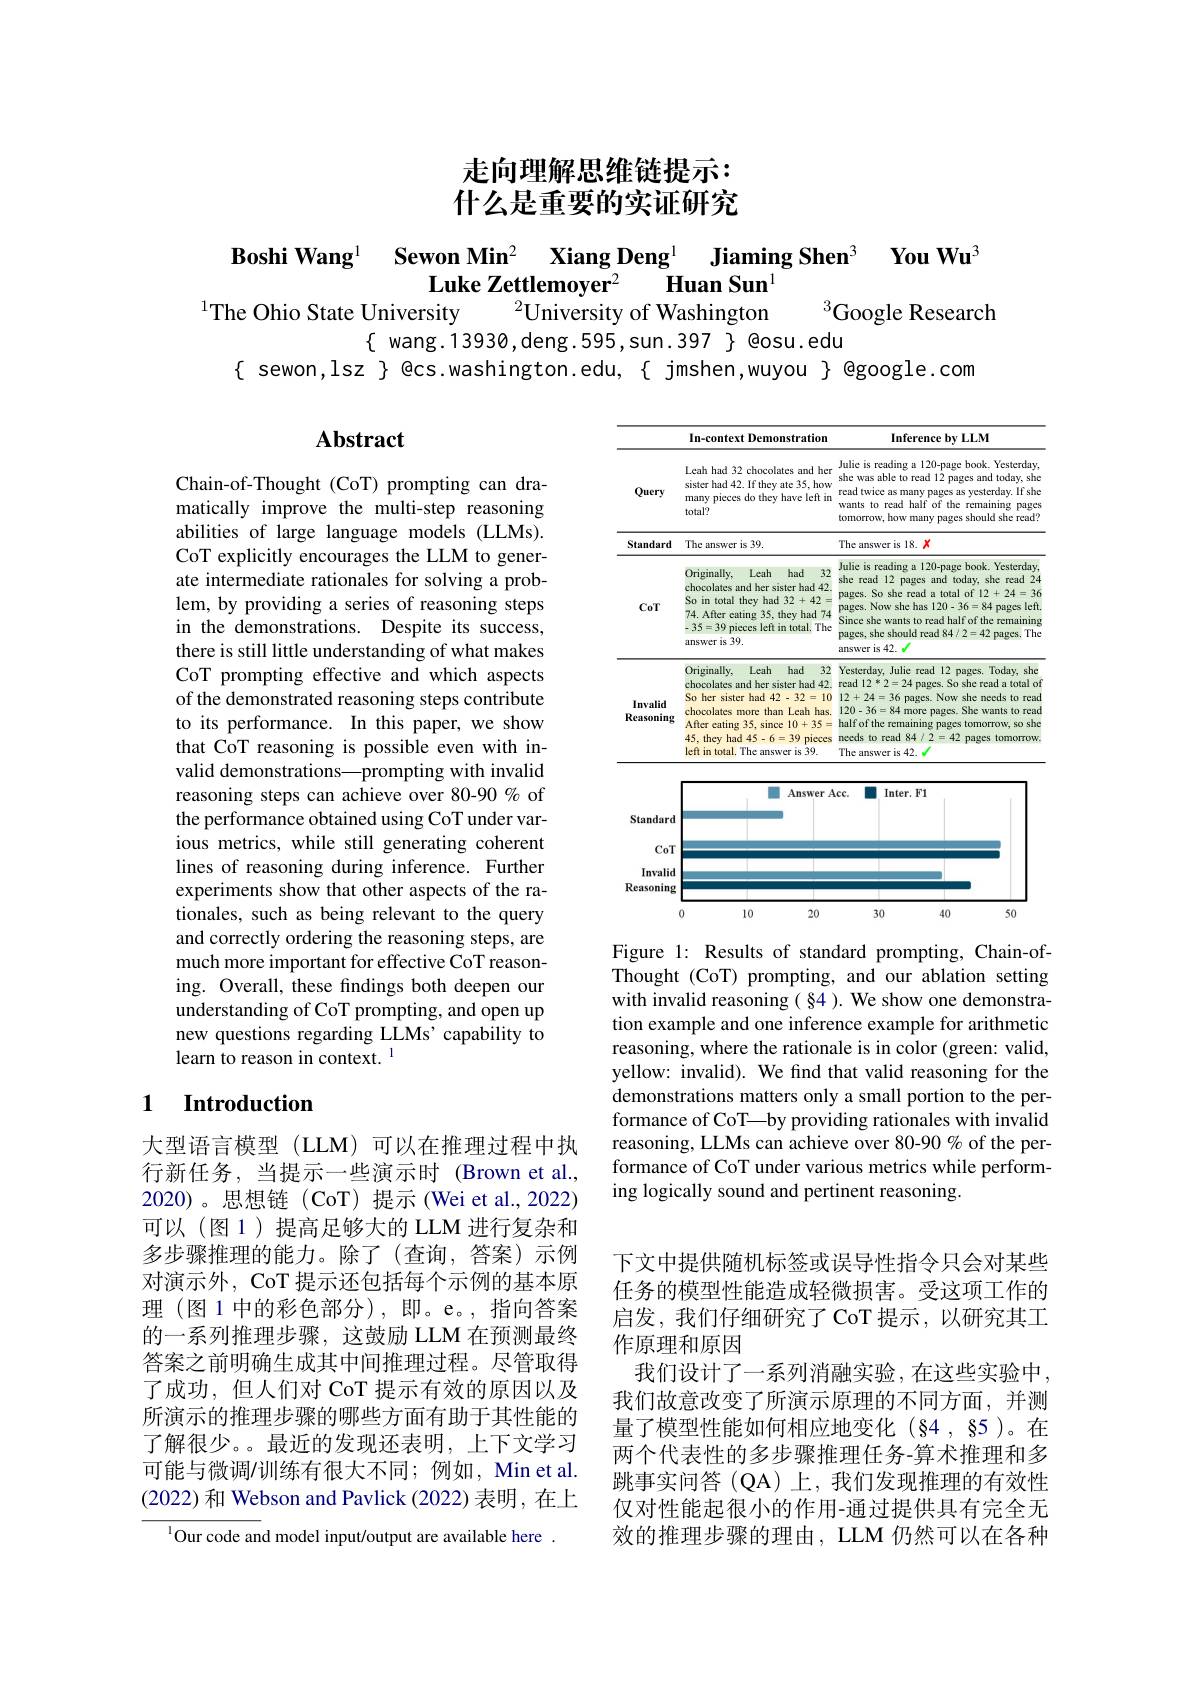
# 走向理解思维链提示：
什么是重要的实证研究

Boshi Wang$^{1}$ Sewon Min$^2$ $\textbf{Xiang Deng}^{1}$ $\textbf{Jiaming Shen}^{3}$ $\textbf{You Wu}^{3}$
Luke Zettlemoyer$^{2}$
$\textbf{Huan Sun}^{1}$
$^{1}$The Ohio State University
$^{2}\dot{\text{University of Washington}}$
Google Research

$\{$ wang.13930,deng.595,sun.397 $\}$ @osu.edu
$\{$ sewon,lsz $\}$ @cs.washington.edu,{ jmshen,wuyou } @google.com

## Abstract

<table>
	<tbody>
		<tr>
			<th> </th>
			<th>In-context Demonstration</th>
			<th>Inference by LLM</th>
		</tr>
		<tr>
			<td>Query</td>
			<td>Leah had 32 chocolates and her sister had 42. If they ate 35, how many pieces do they have left in total?</td>
			<td>Julie is reading a 120-page book. Yesterday, she was able to read 12 pages and today, she read twice as many pages as yesterday. If she wants to read half of the remaining pages tomorrow, how many pages should she read?</td>
		</tr>
		<tr>
			<td>Standard</td>
			<td>The answer is 39.</td>
			<td>The answer is 18. 1</td>
		</tr>
		<tr>
			<td>CoT</td>
			<td>Originally, 132 Leah had chocolates and her sister had 42 So in total they had 32+42 74. After eating 35, they had 74 35=39 pieces left in total. The answer is 39.</td>
			<td>Julie is reading a 120-page book. Yesterday, she read 12 pages and today, she read 24 pages. So she read a total of 12+24=36 pages. Now she has 120-36=84 pages left. Since she wants to read half of the remaining pages, she should read 84/ 2=42 pages. The answer is 42.</td>
		</tr>
		<tr>
			<td>Invalid Reasoning</td>
			<td>Originally, Leah had 132 chocolates and her sister had 42 So her sister had 42-32=10 chocolates more than Leah has After eating 35, since 10+35 45, they had 45-6=39 pieces left in total. The answer is 39.</td>
			<td>Yesterday, Julie read 12 pages. Today, she read 12*2=24 pages. So she read a total of 12+24=36 pages. Now she needs to read 120-36=84 more pages. She wants to read half of the remaining pages tomorrow, so she needs to read 84/2=42 pages tomorrow. The answer is 42</td>
		</tr>
	</tbody>
</table>

Chain-of-Thought (CoT) prompting can dramatically improve the multi-step reasoning abilities of large language models (LLMs). CoT explicitly encourages the LLM to generate intermediate rationales for solving a problem, by providing a series of reasoning steps in the demonstrations. Despite its success, there is still little understanding of what makes CoT prompting effective and which aspects of the demonstrated reasoning steps contribute to its performance. In this paper, we show that CoT reasoning is possible even with invalid demonstrations—prompting with invalid reasoning steps can achieve over 80-90% of the performance obtained using CoT under various metrics, while still generating coherent lines of reasoning during inference. Further experiments show that other aspects of the rationales, such as being relevant to the query and correctly ordering the reasoning steps, are much more important for effective CoT reasoning. Overall, these findings both deepen our understanding of CoT prompting, and open up new questions regarding LLMs' capability to learn to reason in context. 1

<FigureHere>

Figure 1: Results of standard prompting, Chain-ofThought (CoT) prompting, and our ablation setting with invalid reasoning ( §4 ). We show one demonstration example and one inference example for arithmetic reasoning, where the rationale is in color (green: valid, yellow: invalid). We find that valid reasoning for the demonstrations matters only a small portion to the performance of CoT—by providing rationales with invalid reasoning, LLMs can achieve over 80-90 % of the performance of CoT under various metrics while performing logically sound and pertinent reasoning.

### 1 $\textbf{Introduction}$

大型语言模型(LLM)可以在推理过程中执行新任务，当提示一些演示时 (Brown et al., 2020)。思想链(CoT)提示(Wei et al.,2022) 可以(图 1)提高足够大的 LLM 进行复杂和多步骤推理的能力。除了(查询，答案)示例对演示外，CoT 提示还包括每个示例的基本原理(图1中的彩色部分),即。e。,指向答案的一系列推理步骤，这鼓励 LLM 在预测最终答案之前明确生成其中间推理过程。尽管取得了成功，但人们对 CoT 提示有效的原因以及所演示的推理步骤的哪些方面有助于其性能的了解很少。。最近的发现还表明，上下文学习可能与微调/训练有很大不同；例如，Min et al. (2022) 和 Webson and Pavlick (2022) 表明，在上
$^{1}$Our code and model input/output are available here.

下文中提供随机标签或误导性指令只会对某些任务的模型性能造成轻微损害。受这项工作的启发，我们仔细研究了 CoT 提示，以研究其工作原理和原因
我们设计了一系列消融实验，在这些实验中我们故意改变了所演示原理的不同方面，并测量了模型性能如何相应地变化(§4 , 85 )。在两个代表性的多步骤推理任务-算术推理和多跳事实问答(QA)上，我们发现推理的有效性仅对性能起很小的作用-通过提供具有完全无效的推理步骤的理由，LLM 仍然可以在各种